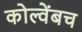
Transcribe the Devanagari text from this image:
कोल्वेंबच